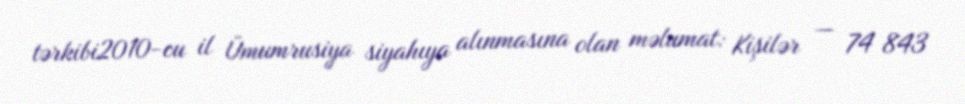
tərkibi2010-cu il Ümumrusiya siyahıya alınmasına olan məlumat: Kişilər — 74 843